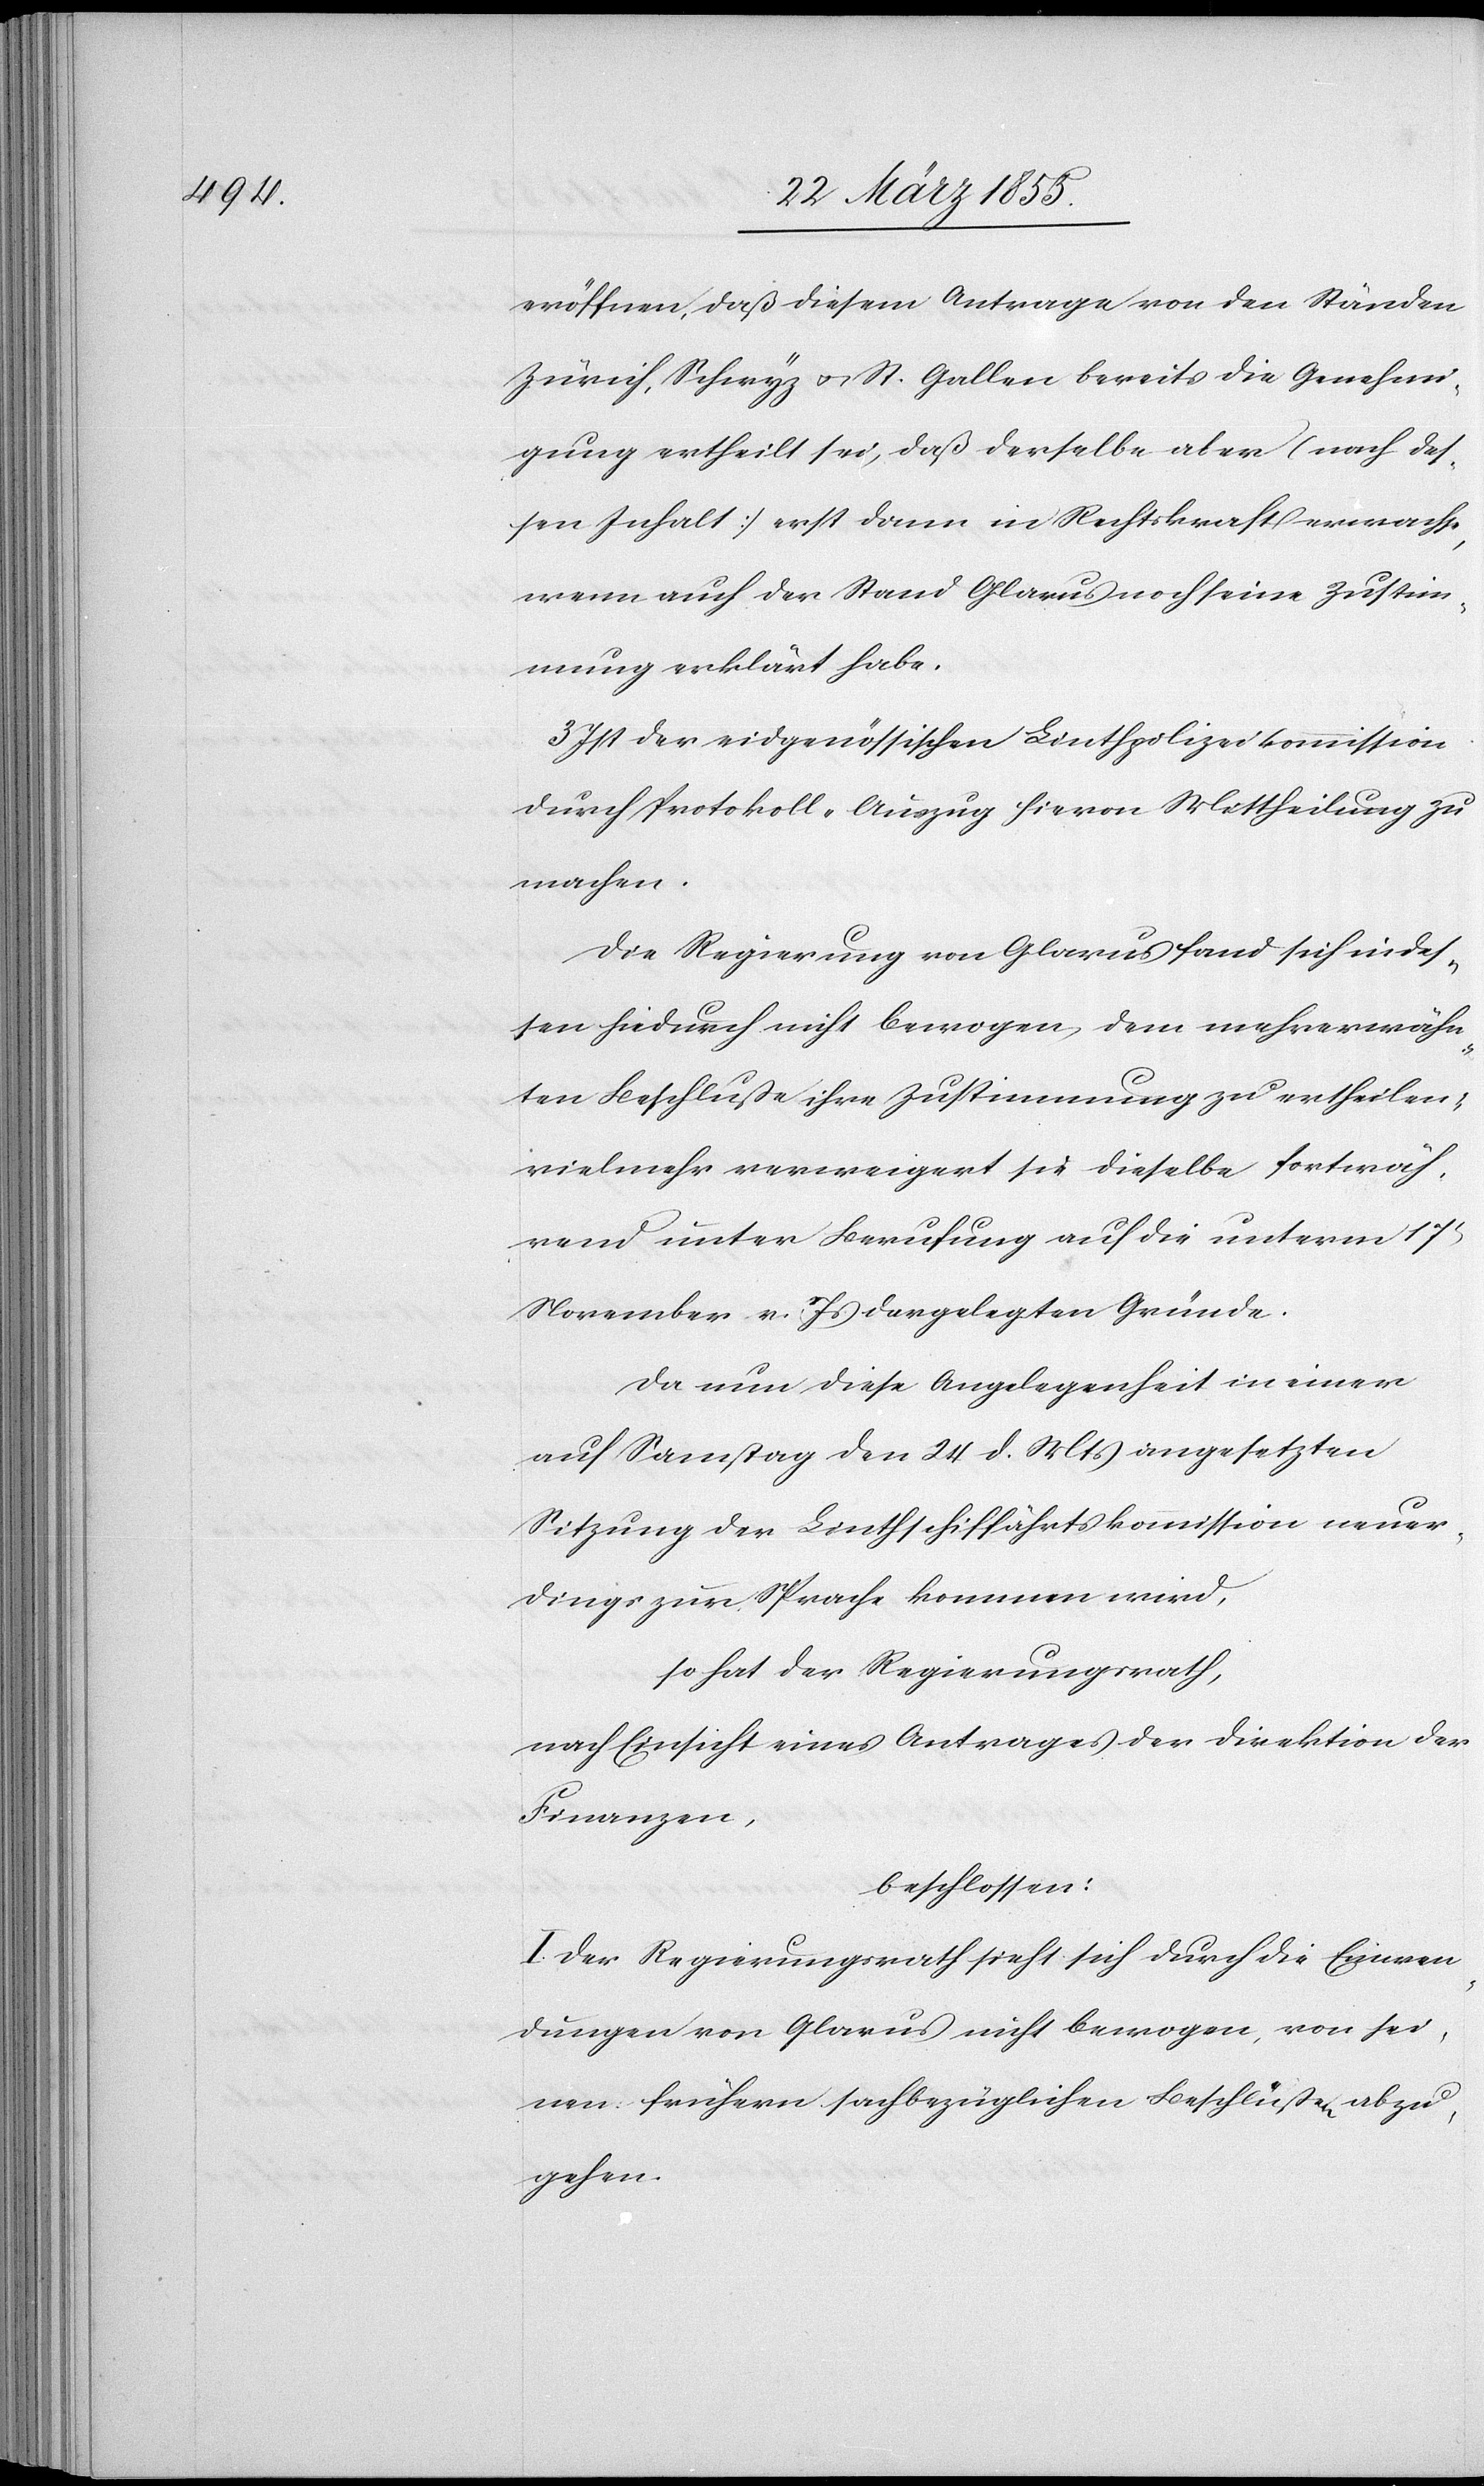
eröffnen, daß diesem Antrage von den Ständen
Zürich, Schwyz & St. Gallen bereits die Genehmi¬
gung ertheilt sei, daß derselbe aber (nach des¬
sen Inhalt) erst dann in Rechtskraft erwachse,
wenn auch der Stand Glarus noch seine Zustim¬
mung erklärt habe.
3. Ist der eidgenössischen Linthpolizeikommission
durch Protokoll-Auszug hievon Mittheilung zu
machen.
Die Regierung von Glarus fand sich indes¬
sen hiedurch nicht bewogen, dem mehrerwähn¬
ten Beschluße ihre Zustimmung zu ertheilen;
vielmehr verweigert sie dieselbe fortwäh¬
rend unter Berufung auf die unterm 17t
November v. Js dargelegten Gründe.
Da nun diese Angelegenheit in einer
auf Samstag den 24 d. Mts angesetzten
Sitzung der Linthschiffahrtskommission neuer¬
dings zur Sprache kommen wird,
so hat der Regierungsrath,
nach Einsicht eines Antrages der Direktion der
Finanzen,
beschlossen:
I. Der Regierungsrath sieht sich durch die Einwen¬
dungen von Glarus nicht bewogen, von sei¬
nen frühern sachbezüglichen Beschlüßen abzu¬
gehen.